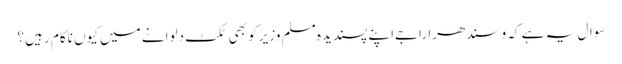
سوال یہ ہے کہ وسندھرا راجےاپنے پسندیدہ مسلم وزیر کو بھی ٹکٹ دلوانے میں کیوں ناکام رہیں ؟